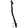
Digit: 1